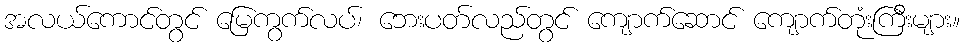
အလယ်ကောင်တွင် မြေကွက်လပ်၊ ဘေးပတ်လည်တွင် ကျောက်ဆောင် ကျောက်တုံးကြီးများ။